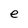
Character: e